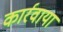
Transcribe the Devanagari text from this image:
कार्रवाया